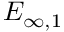
E _ { \infty , 1 }